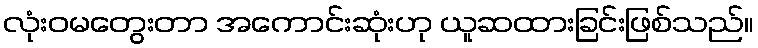
လုံးဝမတွေးတာ အကောင်းဆုံးဟု ယူဆထားခြင်းဖြစ်သည်။